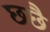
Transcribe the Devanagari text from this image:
छछै